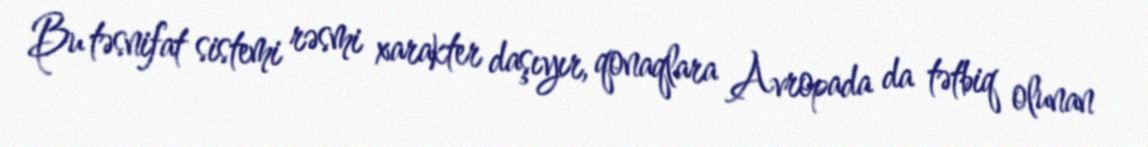
Bu təsnifat sistemi rəsmi xarakter daşıyır, qonaqlara Avropada da tətbiq olunan